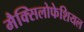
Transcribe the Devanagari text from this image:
मैक्सिलोफेशियल